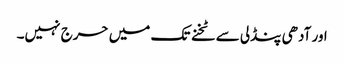
اور آدھی پنڈلی سے ٹخنے تک میں حرج نہیں۔